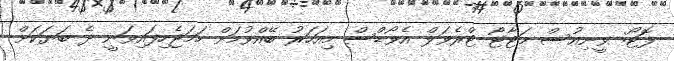
ފޮޓޯ: ވީނިއުސް މަޓާޓޯ ޓްރެވަލް އެވޯޑްސް މިއަހަރު ބޭއްވުމަށް ހަމަޖެހިފައިވަނީ ދެ ބަޔަކަށް